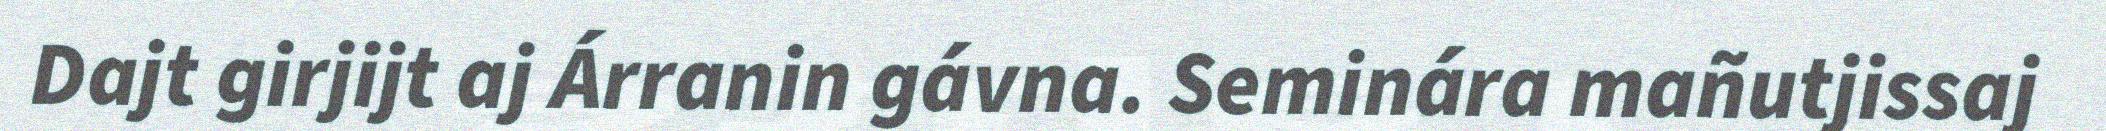
Dajt girjijt aj Árranin gávna. Seminára mañutjissaj